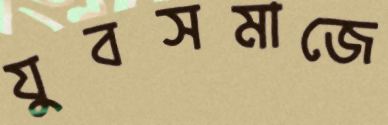
যুবসমাজে